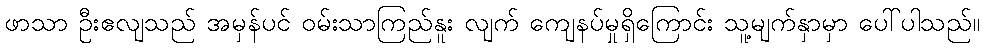
ဖာသာ ဦးဧလျသည် အမှန်ပင် ဝမ်းသာကြည်နူး လျက် ကျေနပ်မှုရှိကြောင်း သူ့မျက်နှာမှာ ပေါ်ပါသည်။